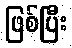
ဖြစ်ပြီး